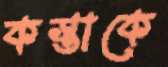
কস্তাকে